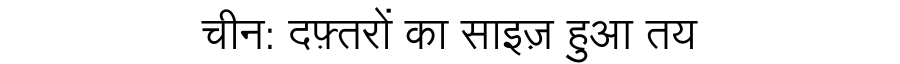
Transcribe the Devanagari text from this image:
चीन: दफ़्तरों का साइज़ हुआ तय